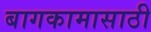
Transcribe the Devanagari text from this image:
बागकामासाठी